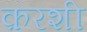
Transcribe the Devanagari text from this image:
क़रशी